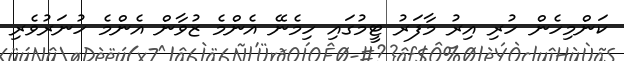
ކަންމިހެން ހުރި އިރު މާފަރު ޓީމުގައި ހިމެނޭ އެންމެ ޒުވާން އެންމެ ހުނަރުވެރި